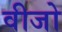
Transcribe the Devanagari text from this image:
वीजो